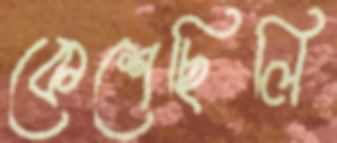
কেশেছিলি